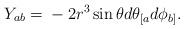
LaTeX: \begin{align*}Y_{ab}={} - 2 r^3 \sin\theta d\theta_{[a}d\phi_{b]}. \end{align*}